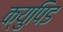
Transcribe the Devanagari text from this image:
क्युपिड